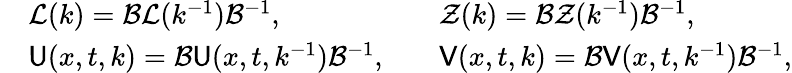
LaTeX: \begin{array}{rlrl}&{\mathcal{L}(k)=\mathcal{B}\mathcal{L}(k^{-1})\mathcal{B}^{-1},}&&{\mathcal{Z}(k)=\mathcal{B}\mathcal{Z}(k^{-1})\mathcal{B}^{-1},}\\ &{\mathsf{U}(x,t,k)=\mathcal{B}\mathsf{U}(x,t,k^{-1})\mathcal{B}^{-1},}&&{\mathsf{V}(x,t,k)=\mathcal{B}\mathsf{V}(x,t,k^{-1})\mathcal{B}^{-1},}\end{array}